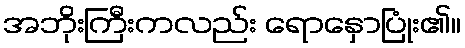
အဘိုးကြီးကလည်း ရောနှောပြုံး၏။